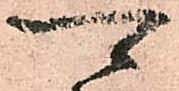
可